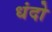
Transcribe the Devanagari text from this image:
धंदो